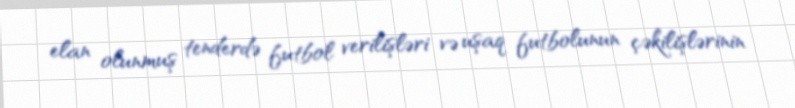
elan olunmuş tenderdə futbol verilişləri və uşaq futbolunun çəkilişlərinin